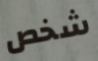
شخص